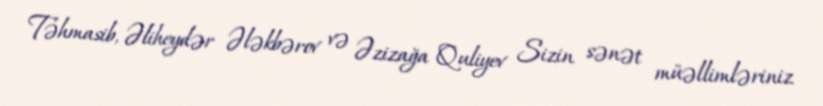
Təhmasib, Əliheydər Ələkbərov və Əzizağa Quliyev Sizin sənət müəllimləriniz